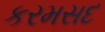
કરમસદ